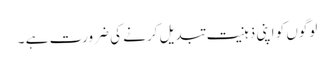
لوگوں کو اپنی ذہنیت تبدیل کرنے کی ضرورت ہے ۔